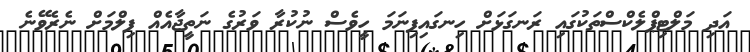
އަދި މަލްޓިޕްލެކްސްތަކުގައި ރަނގަޅަށް ހިނގައިފިނަމަ ހީވެސް ނުކުރާ ވަރުގެ ނަތީޖާއެއް ފިލްމަށް ނެރެވޭނެ